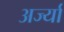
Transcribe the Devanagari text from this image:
अर्ज्या